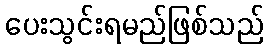
ပေးသွင်းရမည်ဖြစ်သည်